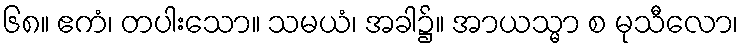
၆၈။ ဧကံ၊ တပါးသော။ သမယံ၊ အခါ၌။ အာယသ္မာ စ မုသီလော၊